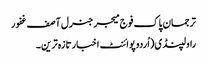
ترجمان پاک فوج میجرجنرل آصف غفور
راولپنڈی(اُردوپوائنٹ اخبارتازہ ترین۔